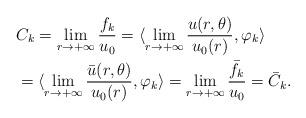
LaTeX: \begin{align*}&C_k=\lim\limits_{r\to+\infty} \frac{ f_k}{u_0}=\langle\lim\limits_{r\to+\infty} \frac{ u(r,\theta)}{u_0(r)}, \varphi_k \rangle \\&=\langle \lim\limits_{r\to+\infty}\frac{\bar u(r,\theta)}{u_0(r)}, \varphi_k \rangle=\lim\limits_{r\to + \infty}\frac{\bar f_k}{u_0}=\bar C_k.\end{align*}